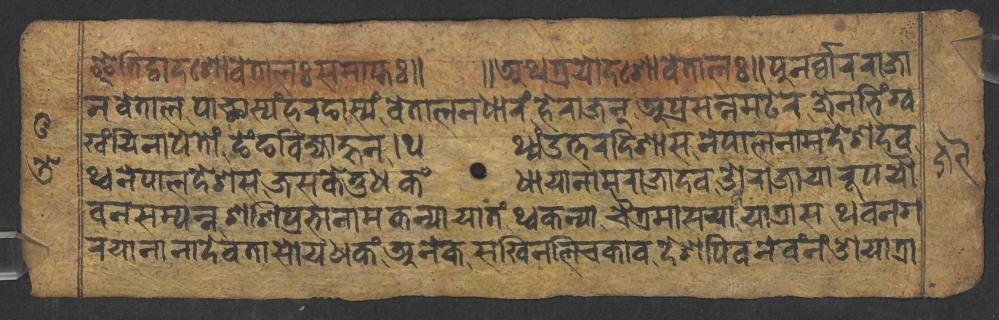
𑐂𑐟𑐶𑐡𑑂𑐰𑐵𑐡𑐱𑑀𑐰𑐾𑐟𑐵𑐮𑑅𑐳𑐩𑐵𑐥𑑂𑐟𑑅𑑌 𑑌𑐀𑐠𑐟𑑂𑐬𑐫𑑀𑐡𑐱𑑀𑐰𑐾𑐟𑐵𑐮𑑅𑑌𑐥𑐸𑐣𑐬𑑂𑐰𑑂𑐰𑐵𑐬𑐬𑐵𑐖𑐵 𑐣𑐰𑐾𑐟𑐵𑐮𑐥𑐵𑐕𑐵𑐳𑑂𑐫𑑄𑐴𑐬𑐒𑐵𑐳𑑂𑐫𑑄𑐰𑐾𑐟𑐵𑐮𑐣𑐢𑐵𑐬𑑄𑐴𑐾𑐬𑐵𑐖𑐣𑐥𑑂𑐬𑐳𑐣𑑂𑐣𑐩𑐚𑐾𑐬𑐖𑐾𑐣𑐨𑐶𑑄𑐐𑑂𑐰 𑐏𑑄𑐫𑐶𑐣𑐵𑐥𑐾𑐟𑑀𑑄𑐒𑐾𑑄𑐒𑐧𑐶𑐖𑑂𑐫𑐵𑐴𑐸𑐣𑑋𑐠𑐠𑑂𑐫𑑄𑐄𑐟𑑂𑐟𑐬𑐡𑐶𑐱𑐵𑐳𑐣𑐾𑐥𑐵𑐮𑐣𑐵𑐩𑐡𑐾𑐱𑐡𑐰 𑐠𑑂𑐰𑐣𑐾𑐥𑐵𑐮𑐡𑐾𑐱𑐳𑐖𑐳𑐎𑐾𑐟𑐸𑐢𑐎𑑄𑐢𑐵𑐫𑐵𑐣𑐵𑐩𑐬𑐵𑐖𑐵𑐡𑐰𑐌𑐬𑐵𑐖𑐵𑐫𑐵𑐬𑐹𑐥𑐫𑑁 𑐰𑐣𑐳𑐩𑑂𑐥𑐣𑑂𑐣𑐱𑐱𑐶𑐥𑑂𑐬𑐨𑐵𑐣𑐵𑐩𑐎𑐣𑑂𑐫𑐵𑐫𑐵𑐟𑑄𑐠𑑂𑐰𑐎𑐣𑑂𑐫𑐵𑐔𑐿𑐟𑑂𑐬𑐩𑐵𑐳𑐫𑐵𑐫𑐵𑐟𑑂𑐬𑐵𑐳𑐠𑐰𑐣𑐐 𑐬𑐫𑐵𑐣𑐵𑐣𑐵𑐡𑐾𑐰𑐟𑐵𑐳𑑀𑐫𑐢𑐎𑑄𑐀𑐣𑐾𑐎𑐳𑐏𑐶𑐣𑐮𑐶𑐔𑐎𑐵𑐰𑐡𑐾𑐱𑐥𑐶𑐰𑐣𑐾𑐰𑑄𑐣𑑄𑐌𑐫𑐵𑐟𑑂𑐬𑐵